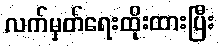
လက်မှတ်ရေးထိုးထားပြီး